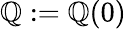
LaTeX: \mathbb{Q}:=\mathbb{Q}(0)